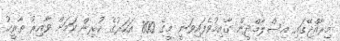
މިރާއްޖޭގައި އިސްލާމްދީން ގާއިމުވެފައިވަނީ މީގެ 800 އަހަރުގެ ކުރިން ކަމަށް ވާއިރު ތާރީޚު